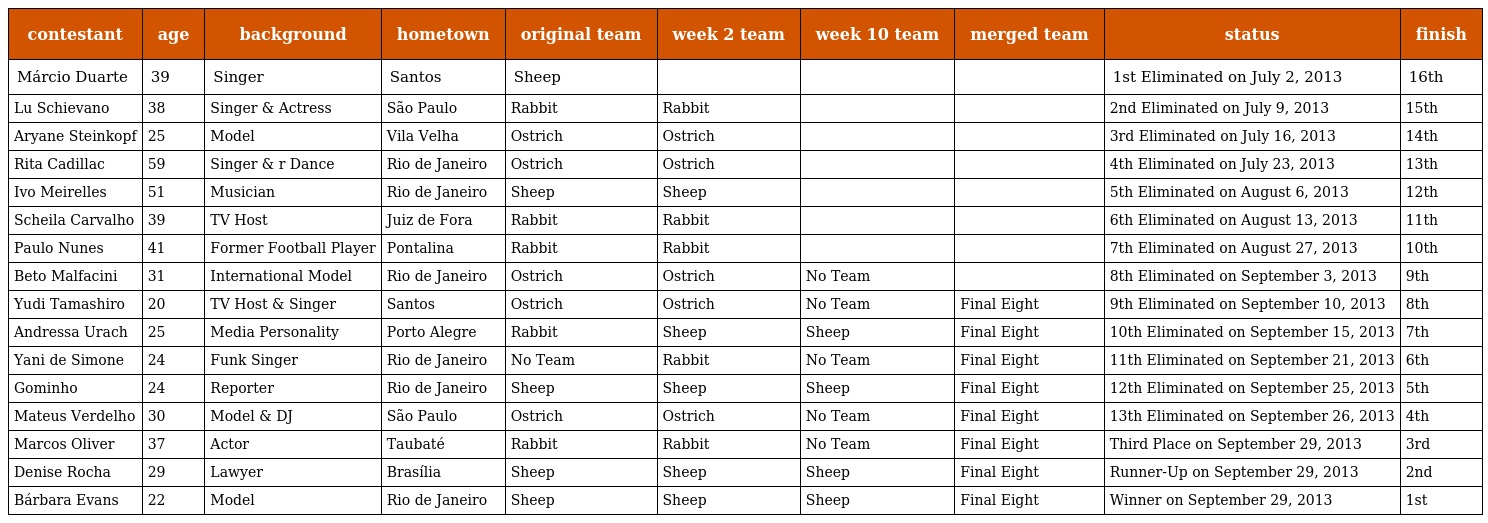
| contestant | age | background | hometown | original team | week 2 team | week 10 team | merged team | status | finish |
 | --- | --- | --- | --- | --- | --- | --- | --- | --- | --- |
 | Márcio Duarte | 39 | Singer | Santos | Sheep |  |  |  | 1st Eliminated on July 2, 2013 | 16th |
 | Lu Schievano | 38 | Singer & Actress | São Paulo | Rabbit | Rabbit |  |  | 2nd Eliminated on July 9, 2013 | 15th |
 | Aryane Steinkopf | 25 | Model | Vila Velha | Ostrich | Ostrich |  |  | 3rd Eliminated on July 16, 2013 | 14th |
 | Rita Cadillac | 59 | Singer & r Dance | Rio de Janeiro | Ostrich | Ostrich |  |  | 4th Eliminated on July 23, 2013 | 13th |
 | Ivo Meirelles | 51 | Musician | Rio de Janeiro | Sheep | Sheep |  |  | 5th Eliminated on August 6, 2013 | 12th |
 | Scheila Carvalho | 39 | TV Host | Juiz de Fora | Rabbit | Rabbit |  |  | 6th Eliminated on August 13, 2013 | 11th |
 | Paulo Nunes | 41 | Former Football Player | Pontalina | Rabbit | Rabbit |  |  | 7th Eliminated on August 27, 2013 | 10th |
 | Beto Malfacini | 31 | International Model | Rio de Janeiro | Ostrich | Ostrich | No Team |  | 8th Eliminated on September 3, 2013 | 9th |
 | Yudi Tamashiro | 20 | TV Host & Singer | Santos | Ostrich | Ostrich | No Team | Final Eight | 9th Eliminated on September 10, 2013 | 8th |
 | Andressa Urach | 25 | Media Personality | Porto Alegre | Rabbit | Sheep | Sheep | Final Eight | 10th Eliminated on September 15, 2013 | 7th |
 | Yani de Simone | 24 | Funk Singer | Rio de Janeiro | No Team | Rabbit | No Team | Final Eight | 11th Eliminated on September 21, 2013 | 6th |
 | Gominho | 24 | Reporter | Rio de Janeiro | Sheep | Sheep | Sheep | Final Eight | 12th Eliminated on September 25, 2013 | 5th |
 | Mateus Verdelho | 30 | Model & DJ | São Paulo | Ostrich | Ostrich | No Team | Final Eight | 13th Eliminated on September 26, 2013 | 4th |
 | Marcos Oliver | 37 | Actor | Taubaté | Rabbit | Rabbit | No Team | Final Eight | Third Place on September 29, 2013 | 3rd |
 | Denise Rocha | 29 | Lawyer | Brasília | Sheep | Sheep | Sheep | Final Eight | Runner-Up on September 29, 2013 | 2nd |
 | Bárbara Evans | 22 | Model | Rio de Janeiro | Sheep | Sheep | Sheep | Final Eight | Winner on September 29, 2013 | 1st |